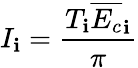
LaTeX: I_{\mathbf{i}}=\frac{{T_{\mathbf{i}}\overline{{{E_{c}}}}_{\mathbf{i}}}}{{\pi}}